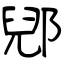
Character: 郳